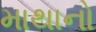
માથાનો